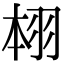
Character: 翉